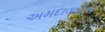
અમદાવાદીએ